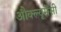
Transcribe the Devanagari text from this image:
औक्ल्यूमेंसी